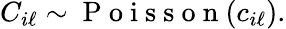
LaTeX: C_{i\ell}\sim\mathrm{~P~o~i~s~s~o~n~}(c_{i\ell}).